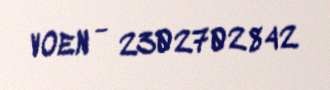
VOEN - 2302702842